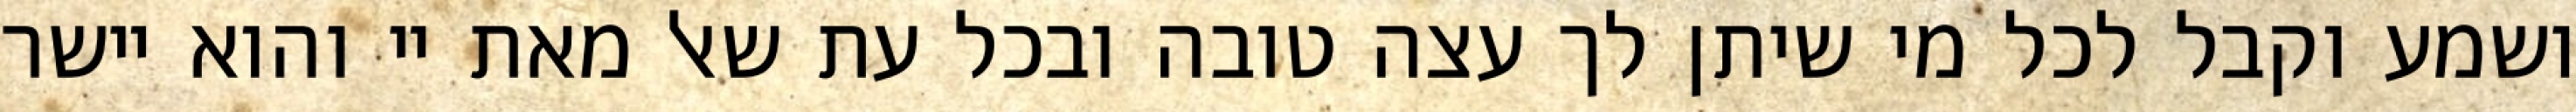
ושמע וקבל לכל מי שיתן לך עצה טובה ובכל עת שאל מאת יי והוא יישר